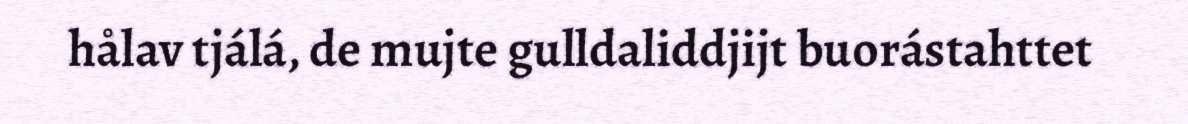
hålav tjálá, de mujte gulldaliddjijt buorástahttet